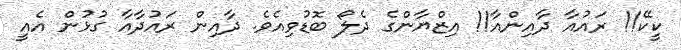
ކީކޭ!! ރައުއާ ދާއިންއާ!! އިޒްޔާންގެ ދެލޯ ބޮޑުވިއެވެ. ދާއިން ރައުދާއާ ގުޅުން އެއީ